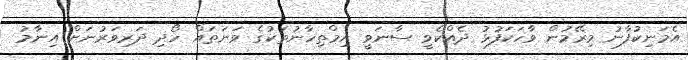
އެމަނިކުފާނު މިރޭމުން ވާހަކަފުޅު ދެއްކެވީ ސާނަވީ އިމްތިހާނުތަކުގެ ވަނަތައް ހޯދި ދަރިވަރުނަށް އިނާމު